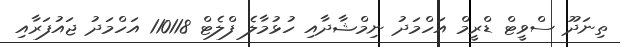
ތިނަދޫ ސްވީޓް ޑްރީމް އަހްމަދު ނިމްޝާދާއި ހުޅުމާލެ ފްލެޓް 110118 އަހްމަދު ޖައުފަރާއި